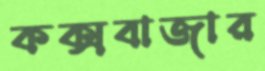
কক্সবাজার